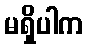
မရှိပါက